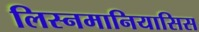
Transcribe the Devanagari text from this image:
लिस्नमानियासिस